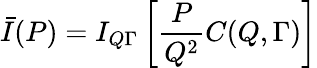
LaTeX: \bar{I}(P)=I_{Q\Gamma}\left[\frac{P}{Q^{2}}C(Q,\Gamma)\right]